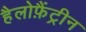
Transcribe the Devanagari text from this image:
हैलोफ़ैंट्रीन